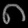
Digit: ၈